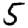
Digit: 5